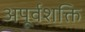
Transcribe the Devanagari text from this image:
अपूर्वशक्ति